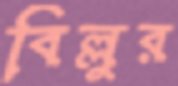
বিল্লুর